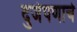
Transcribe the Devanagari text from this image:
दुजेपणाचे